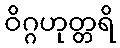
ဝိဂ္ဂဟုတ္တရိ